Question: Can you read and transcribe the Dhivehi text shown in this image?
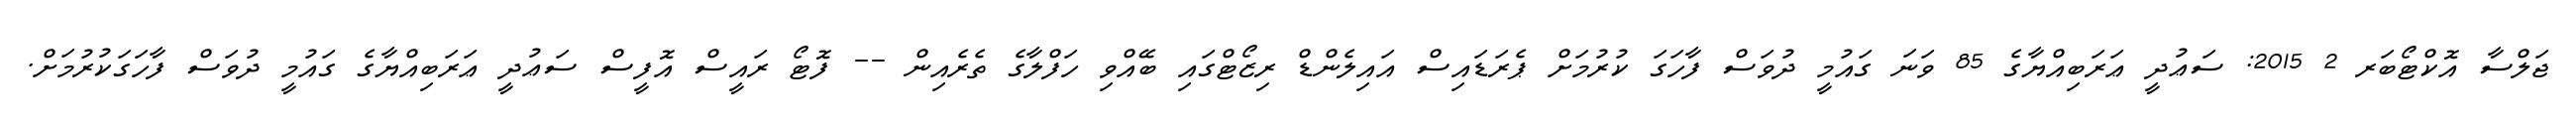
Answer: ޖަލްސާ އޮކްޓޯބަރ 2 2015: ސަޢުދީ ޢަރަބިއްޔާގެ 85 ވަނަ ގައުމީ ދުވަސް ފާހަގަ ކުރުމަށް ޕެރަޑައިސް އައިލެންޑް ރިޒޯޓްގައި ބޭއްވި ހަފްލާގެ ތެރެއިން -- ފޮޓޯ ރައީސް އޮފީސް ސަޢުދީ ޢަރަބިއްޔާގެ ގައުމީ ދުވަސް ފާހަގަކުރުމަށް.